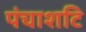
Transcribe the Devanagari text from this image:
पंचाशटि